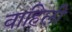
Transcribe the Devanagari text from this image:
वाहिलीं